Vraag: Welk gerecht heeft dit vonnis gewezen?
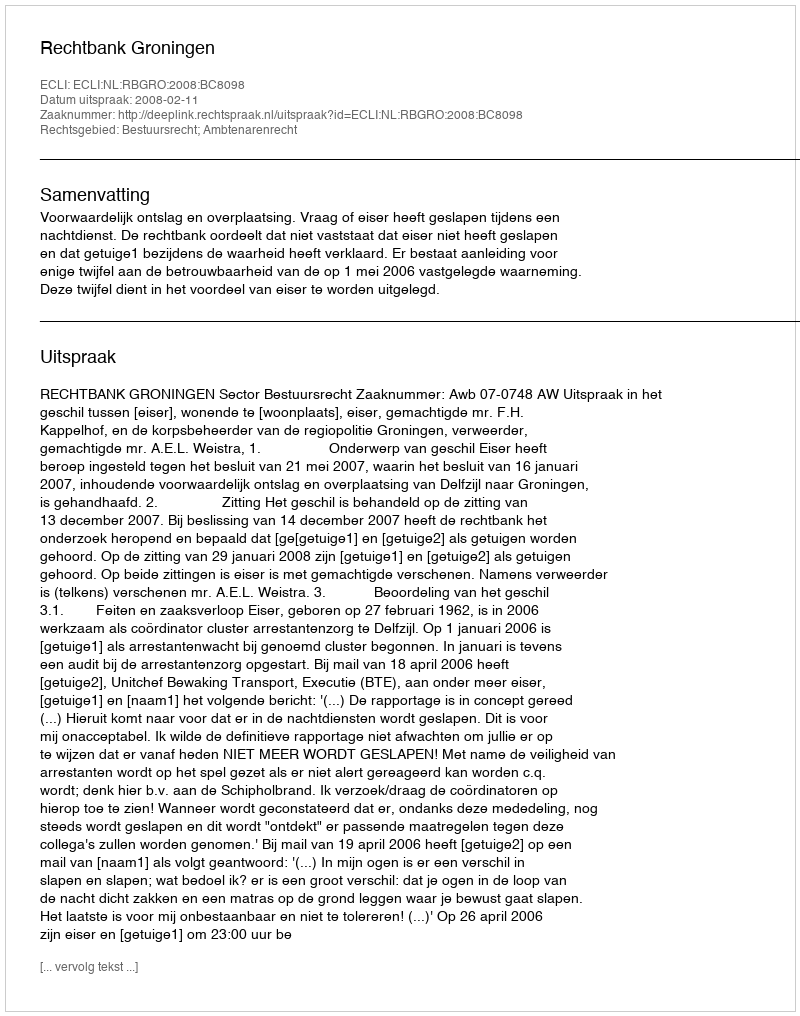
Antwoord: Rechtbank Groningen